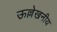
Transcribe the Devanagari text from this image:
ऊल्लेखनीय